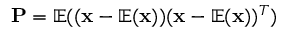
\mathbf { P } = \mathbb { E } ( ( \mathbf { x } - \mathbb { E } ( \mathbf { x } ) ) ( \mathbf { x } - \mathbb { E } ( \mathbf { x } ) ) ^ { T } )